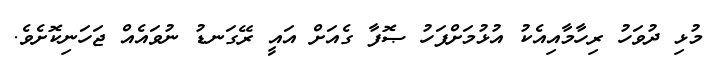
މުޅި ދުވަހު ރިހާމާއިއެކު އުޅުމަށްފަހު ޞޮފާ ގެއަށް އައީ ރޭގަނޑު ނުވައެއް ޖަހަނިކޮށެވެ.